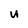
Character: U